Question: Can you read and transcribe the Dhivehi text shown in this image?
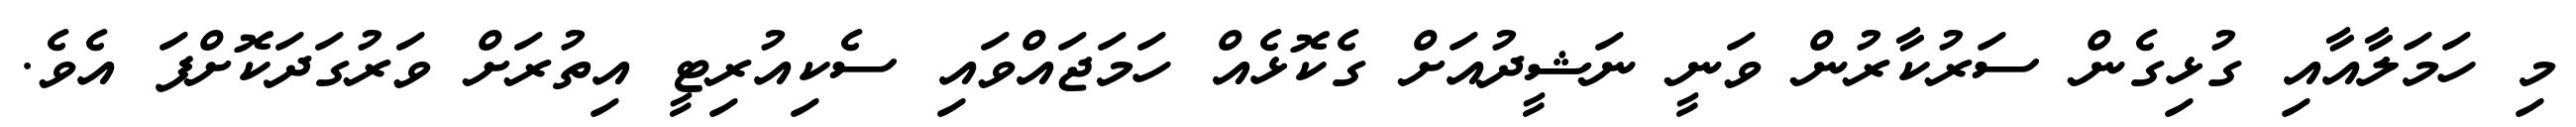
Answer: މި ހަމަލާއާއި ގުޅިގެން ސަރުކާރުން ވަނީ ނަޝީދުއަށް ގެކޮޅެއް ހަމަޖައްވައި ސެކިއުރިޓީ އިތުރަށް ވަރުގަދަކޮށްފަ އެވެ.